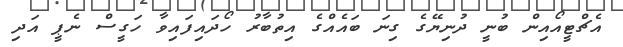
އެޗްޓީއޯއިން ބުނީ ދުނިޔޭގެ ގިނަ ބައެއްގެ އިތުބާރު ހޯދައިފައިވާ ހަގީސް ނެޕީ އަދި